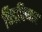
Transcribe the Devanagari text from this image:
चिडविणार